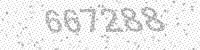
Solution: 667288